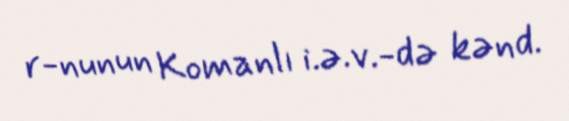
r-nunun Komanlı i.ə.v.-də kənd.